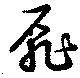
扉